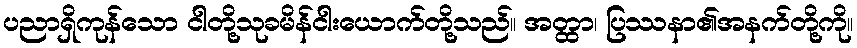
ပညာရှိကုန်သော ငါတို့သုခမိန်ငါးယောက်တို့သည်။ အတ္ထာ၊ ပြဿနာ၏အနက်တို့ကို။